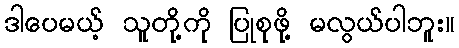
ဒါပေမယ့် သူတို့ကို ပြုစုဖို့ မလွယ်ပါဘူး။